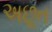
અછૂત